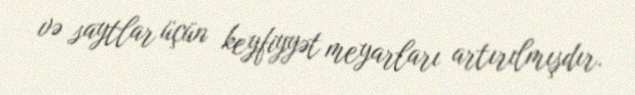
və saytlar üçün keyfiyyət meyarları artırılmışdır.